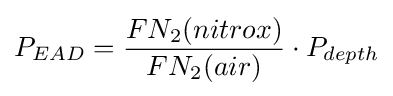
P_{EAD}={FN_{2}(nitrox) \over FN_{2}(air)}\cdot P_{depth}